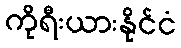
ကိုရီးယားနိုင်ငံ